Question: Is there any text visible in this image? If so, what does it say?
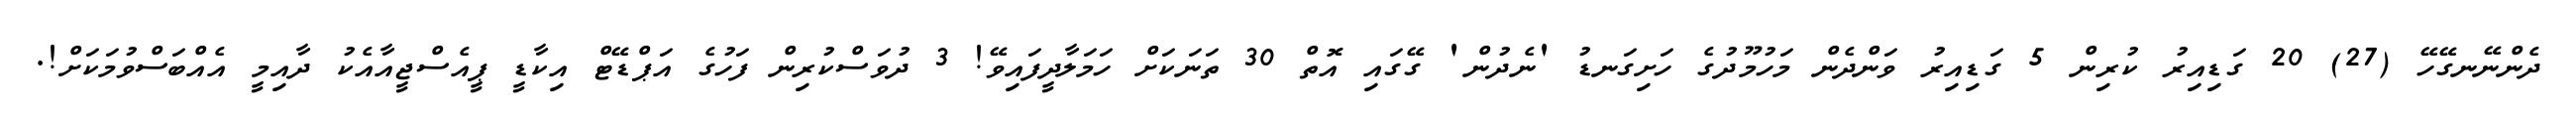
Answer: ދެންނޭނގޭހޭ (27) 20 ގަޑިއިރު ކުރިން 5 ގަޑިއިރު ވަންދެން މަހުމޫދުގެ ހަށިގަނޑު 'ނެދުން' ގޭގައި އޮތް 30 ތަނަކަށް ހަމަލާދީފައިވޭ! 3 ދުވަސްކުރިން ފަހުގެ އަޕްޑޭޓް އިކާޑީ ޕީއެސްޖީއާއެކު ދާއިމީ އެއްބަސްވުމަކަށް!.